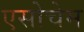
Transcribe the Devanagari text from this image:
एसोचेम